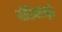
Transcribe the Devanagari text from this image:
नीतिमत्तेमुळे